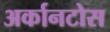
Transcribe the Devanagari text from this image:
अर्कानटोस